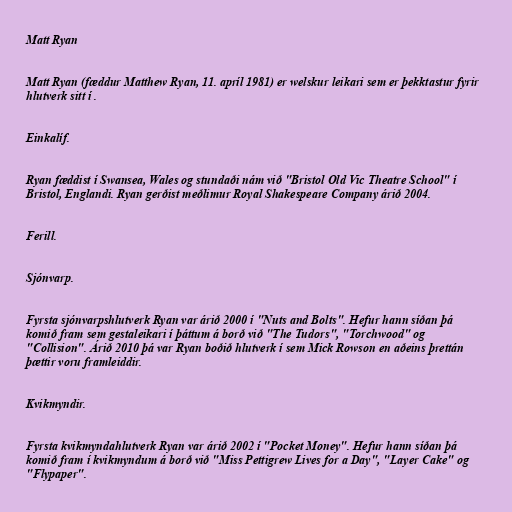
Matt Ryan

Matt Ryan (fæddur Matthew Ryan, 11. apríl 1981) er welskur leikari sem er þekktastur fyrir
hlutverk sitt í .

Einkalíf.

Ryan fæddist í Swansea, Wales og stundaði nám við "Bristol Old Vic Theatre School" í
Bristol, Englandi. Ryan gerðist meðlimur Royal Shakespeare Company árið 2004.

Ferill.

Sjónvarp.

Fyrsta sjónvarpshlutverk Ryan var árið 2000 í "Nuts and Bolts". Hefur hann síðan þá
komið fram sem gestaleikari í þáttum á borð við "The Tudors", "Torchwood" og
"Collision". Árið 2010 þá var Ryan boðið hlutverk í sem Mick Rowson en aðeins þrettán
þættir voru framleiddir.

Kvikmyndir.

Fyrsta kvikmyndahlutverk Ryan var árið 2002 í "Pocket Money". Hefur hann síðan þá
komið fram í kvikmyndum á borð við "Miss Pettigrew Lives for a Day", "Layer Cake" og
"Flypaper".